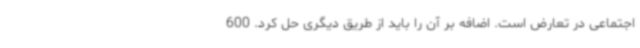
اجتماعی در تعارض است. اضافه بر آن را باید از طریق دیگری حل کرد. 600